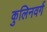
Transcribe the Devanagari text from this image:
कुलिनवर्ग